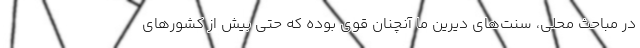
در مباحث محلی، سنت‌های دیرین ما آنچنان قوی بوده که حتی بیش از کشورهای